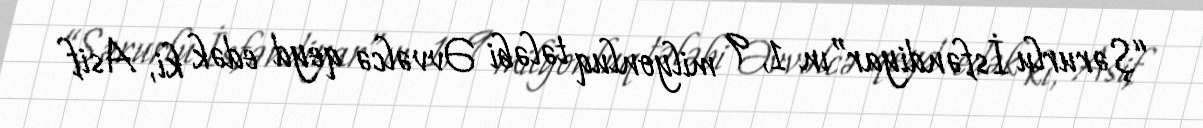
“Şərurlu İsfəndiyar”ın 1, 9 milyonluq tələbi Əvvəlcə qeyd edək ki, Asif